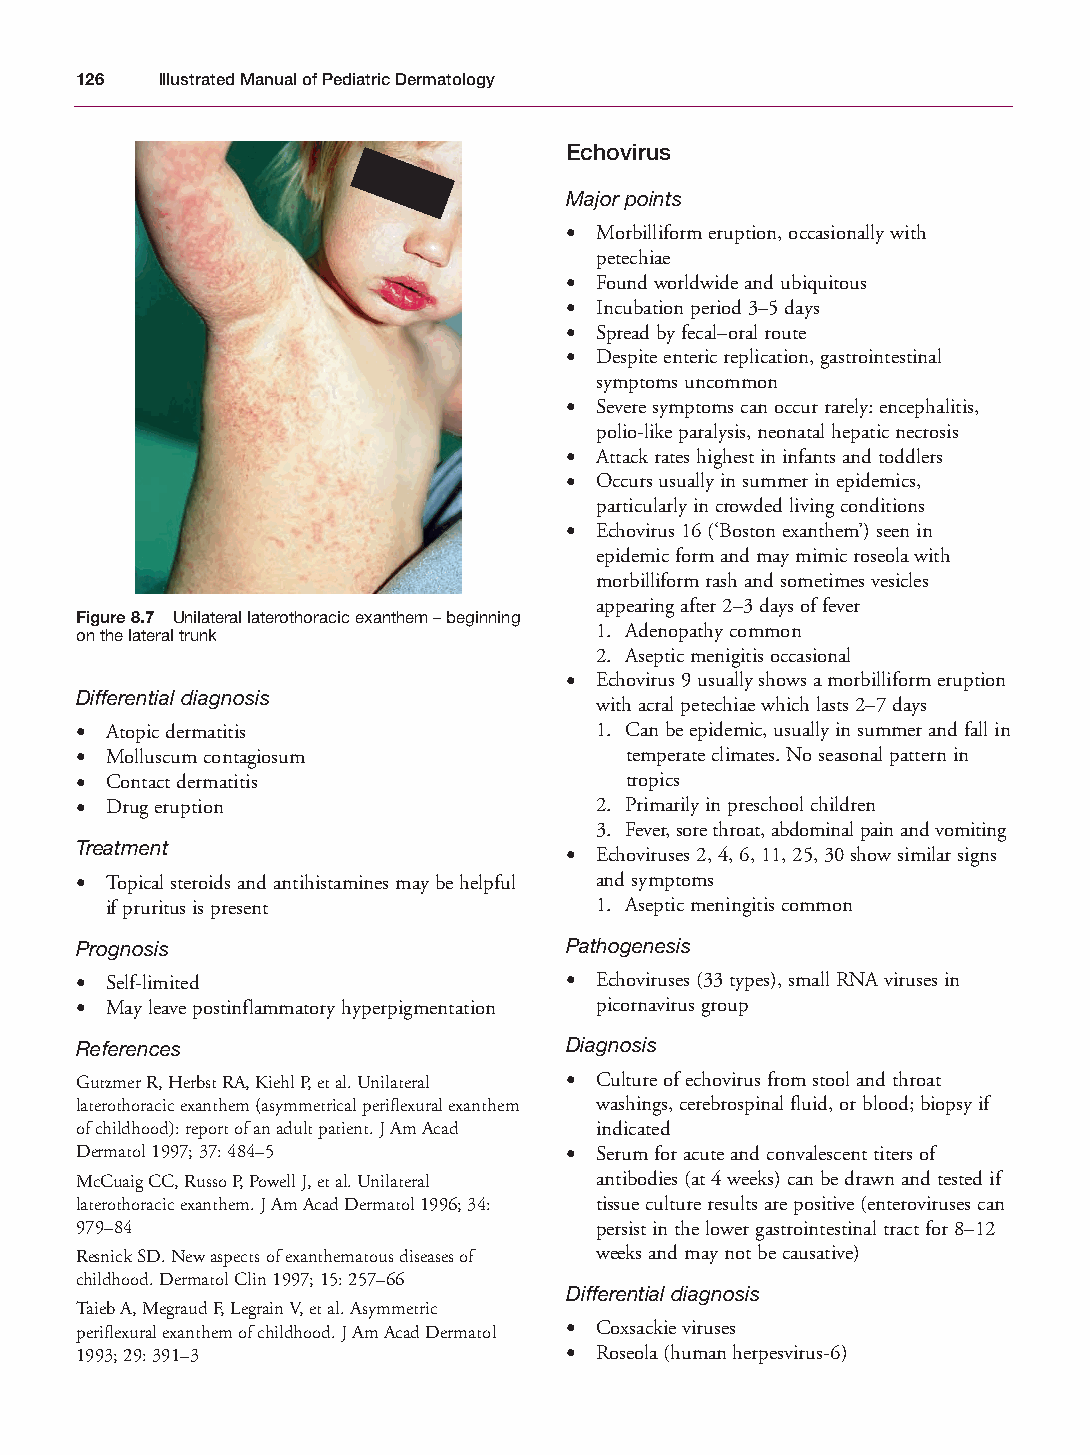
Mallory Chapter 08 27/1/05 2:00 pm Page 126
 126  Illustrated Manual of Pediatric Dermatology
 Echovirus
 Major points
 • Morbilliform eruption, occasionally with
 petechiae
 • Found worldwide and ubiquitous
 • Incubation period 3–5 days
 • Spread by fecal–oral route
 • Despite enteric replication, gastrointestinal
 symptoms uncommon
 • Severe symptoms can occur rarely: encephalitis,
 polio-like paralysis, neonatal hepatic necrosis
 • Attack rates highest in infants and toddlers
 • Occurs usually in summer in epidemics,
 particularly in crowded living conditions
 • Echovirus 16 (‘Boston exanthem’) seen in
 epidemic form and may mimic roseola with
 morbilliform rash and sometimes vesicles
 appearing after 2–3 days of fever
 Figure 8.7 Unilateral laterothoracic exanthem – beginning
 1. Adenopathy common
 on the lateral trunk
 2. Aseptic menigitis occasional
 • Echovirus 9 usually shows a morbilliform eruption
 Differential diagnosis
 with acral petechiae which lasts 2–7 days
 • Atopic dermatitis               1. Can be epidemic, usually in summer and fall in
 • Molluscum contagiosum             temperate climates. No seasonal pattern in
 • Contact dermatitis                tropics
 • Drug eruption                   2. Primarily in preschool children
 3. Fever, sore throat, abdominal pain and vomiting
 Treatment
 • Echoviruses 2, 4, 6, 11, 25, 30 show similar signs
 • Topical steroids and antihistamines may be helpful and symptoms
 if pruritus is present          1. Aseptic meningitis common
 Prognosis                       Pathogenesis
 • Self-limited                  • Echoviruses (33 types), small RNA viruses in
 • May leave postinflammatory hyperpigmentation picornavirus group
 References                      Diagnosis
 Gutzmer R, Herbst RA, Kiehl P, et al. Unilateral • Culture of echovirus from stool and throat
 laterothoracic exanthem (asymmetrical periflexural exanthem washings, cerebrospinal fluid, or blood; biopsy if
 of childhood): report of an adult patient. J Am Acad indicated
 Dermatol 1997; 37: 484–5        • Serum for acute and convalescent titers of
 McCuaig CC, Russo P, Powell J, et al. Unilateral antibodies (at 4 weeks) can be drawn and tested if
 laterothoracic exanthem. J Am Acad Dermatol 1996; 34: tissue culture results are positive (enteroviruses can
 979–84                            persist in the lower gastrointestinal tract for 8–12
 Resnick SD. New aspects of exanthematous diseases of weeks and may not be causative)
 childhood. Dermatol Clin 1997; 15: 257–66
 Differential diagnosis
 Taieb A, Megraud F, Legrain V, et al. Asymmetric
 periflexural exanthem of childhood. J Am Acad Dermatol • Coxsackie viruses
 1993; 29: 391–3                 • Roseola (human herpesvirus-6)